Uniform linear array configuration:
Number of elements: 24
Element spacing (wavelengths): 0.5
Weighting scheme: blackman
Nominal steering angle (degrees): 60
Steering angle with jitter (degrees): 61.491
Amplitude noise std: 0.05
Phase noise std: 0.05

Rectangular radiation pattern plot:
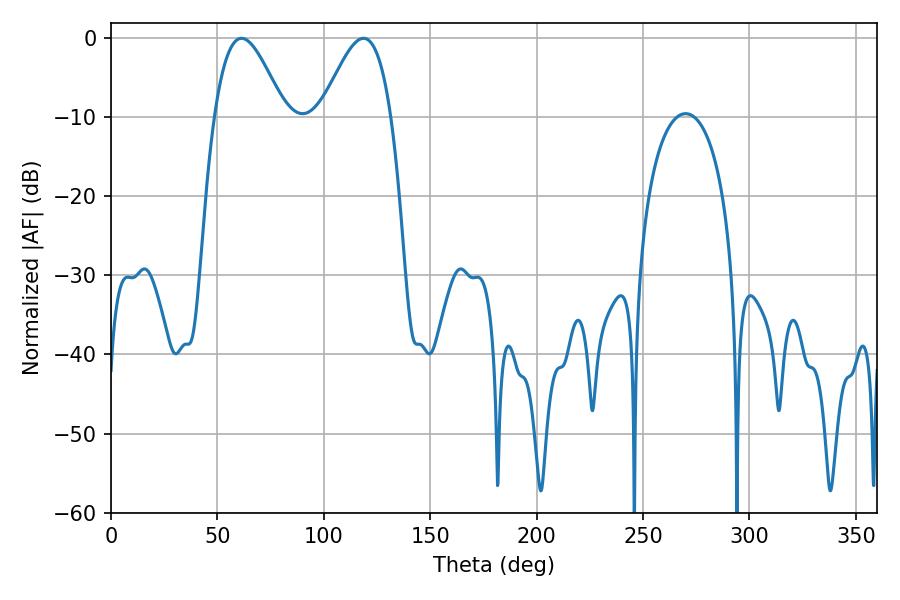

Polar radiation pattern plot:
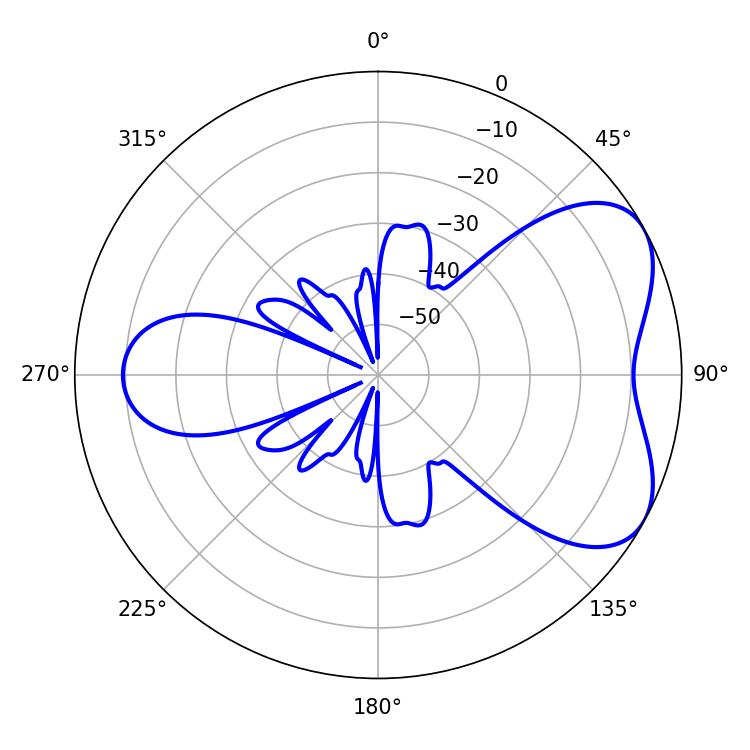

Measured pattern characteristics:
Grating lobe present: FALSE
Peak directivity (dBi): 5.341
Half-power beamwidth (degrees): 17.64
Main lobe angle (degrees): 61.38